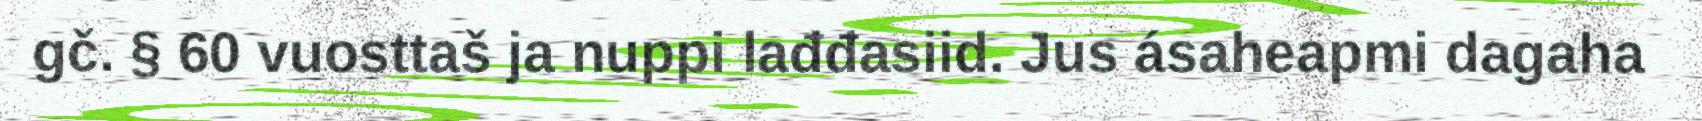
gč. § 60 vuosttaš ja nuppi lađđasiid. Jus ásaheapmi dagaha